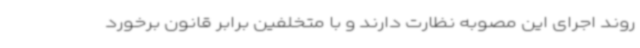
روند اجرای این مصوبه نظارت دارند و با متخلفین برابر قانون برخورد